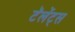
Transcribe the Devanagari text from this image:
टॅलेंट्स